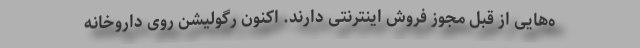
ه‌هایی از قبل مجوز فروش اینترنتی دارند. اکنون رگولیشن روی داروخانه